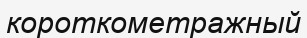
короткометражный